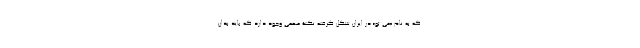
که به نام «می تو» در ایران شکل گرفته نکتۀ مهمی وجود دارد که باید بدان